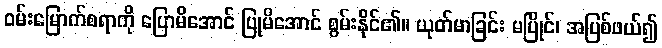
ဝမ်းမြောက်စရာကို ပြောမိအောင် ပြုမိအောင် စွမ်းနိုင်၏။ ယုတ်မာခြင်း မပြိုင်၊ အပြစ်ဖယ်၍